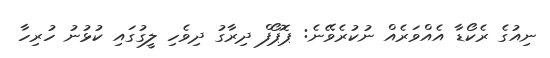
ނިއުގެ ރެކޯޑާ އެއްވަރެއް ނުކުރެވޭނެ: ޕޮޕޯފް ދިރާގު ދިވެހި ލީގުގައި ކުޅުނު ހުރިހާ